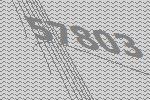
57803